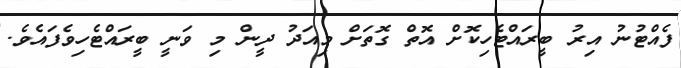
ފެއްޓުނު އިރު ބީރައްޓެހިކޮށް އޮތް ގޮތަށް މިއަދު ދީން މި ވަނީ ބީރައްޓެހިވެފައެވެ.